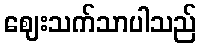
ဈေးသက်သာပါသည်